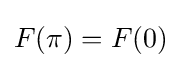
F(\pi )=F(0)